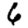
Digit: 6